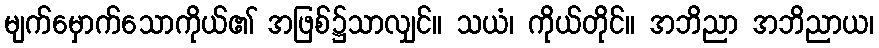
မျက်မှောက်သောကိုယ်၏ အဖြစ်၌သာလျှင်။ သယံ၊ ကိုယ်တိုင်။ အဘိညာ အဘိညာယ၊